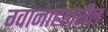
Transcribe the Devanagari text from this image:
ग्वानाहावरील